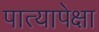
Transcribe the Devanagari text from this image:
पात्यापेक्षा